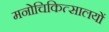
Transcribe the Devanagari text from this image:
मनोचिकित्सालयों